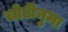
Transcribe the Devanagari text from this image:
चोटीनुमा